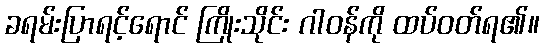
ခရမ်းပြာရင့်ရောင် ကြိုးသိုင်း ဂါဝန်ကို ထပ်ဝတ်ရ၏။